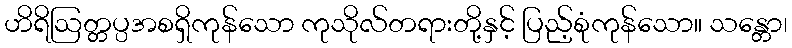
ဟိရိဩတ္တပ္ပအစရှိကုန်သော ကုသိုလ်တရားတို့နှင့် ပြည့်စုံကုန်သော။ သန္တော၊